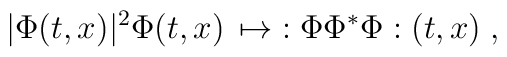
|\Phi (t,x)|^2 \Phi (t,x)\, \mapsto \; : \Phi \Phi^* \Phi : (t,x)\; ,